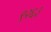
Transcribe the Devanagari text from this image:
९२६३